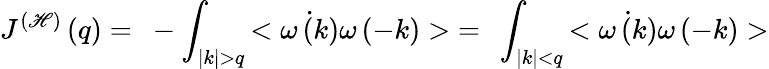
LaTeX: J^{(\mathscr{H})}\left(q\right)=~-\int_{|k|>q}{<\dot{{\omega\left(k\right)}}\omega\left(-k\right)>}=~\int_{|k|<q}{<\dot{{\omega\left(k\right)}}\omega\left(-k\right)>}